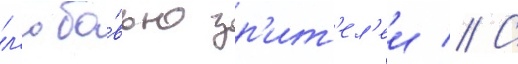
л'юбо́вью зр'ит'ел'еи // С